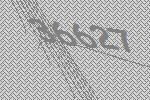
36627